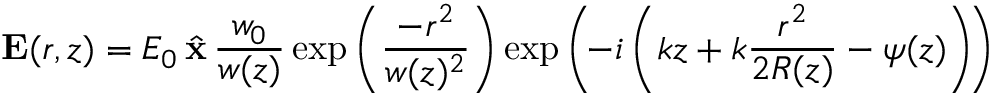
{ \mathbf { E } ( r , z ) } = E _ { 0 } \, { \hat { \mathbf { x } } } \, { \frac { w _ { 0 } } { w ( z ) } } \exp \left( { \frac { - r ^ { 2 } } { w ( z ) ^ { 2 } } } \right) \exp \left( \! - i \left( k z + k { \frac { r ^ { 2 } } { 2 R ( z ) } } - \psi ( z ) \right) \! \right)